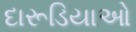
દારૂડિયાઓ